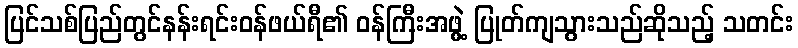
ပြင်သစ်ပြည်တွင်နန်းရင်းဝန်ဖယ်ရီ၏ ဝန်ကြီးအဖွဲ့ ပြုတ်ကျသွားသည်ဆိုသည့် သတင်း